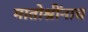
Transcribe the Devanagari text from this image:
मातोश्रींनाच